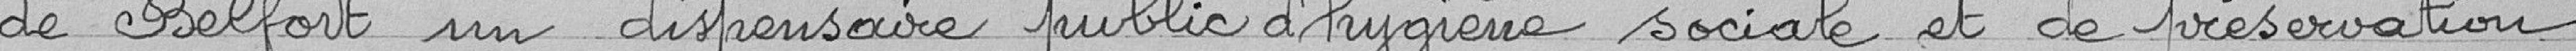
de Belfort un dispensaire public d'hygiène sociale et de préservation